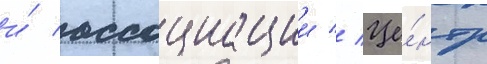
и́ ассоциации // Це́нтр